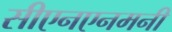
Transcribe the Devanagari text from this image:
सीएनएनमनी